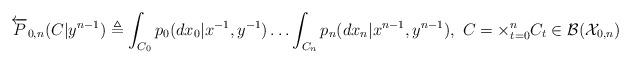
LaTeX: \begin{align*}\overleftarrow{P}_{0,n}(C|{y}^{n-1})&\triangleq\int_{C_0}p_0(dx_0|x^{-1},y^{-1})\ldots\int_{C_n}p_n(dx_n|x^{n-1},y^{n-1}),~C=\times_{t=0}^n{C}_t\in{\cal B}({\cal X}_{0,n})\end{align*}